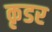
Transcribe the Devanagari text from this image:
कृडर